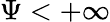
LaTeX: \Psi<+\infty